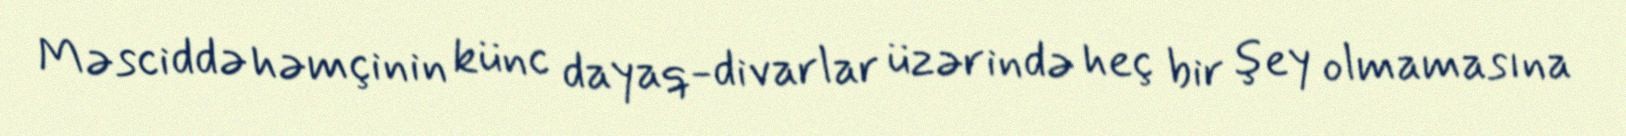
Məsciddə həmçinin künc dayaq-divarlar üzərində heç bir şey olmamasına